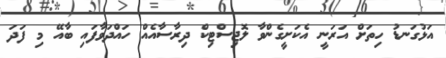
އަޅުގަނޑު ހިތަށް އަރަނީ އެކަށީގެންވާ ލޮޖިސްޓިކް ދިރާސާއެއް ހައްދަވާފައި ބާއޭ މި ފަދަ